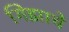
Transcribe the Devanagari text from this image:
गिझाचे